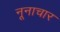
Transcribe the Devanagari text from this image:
नूनाचार